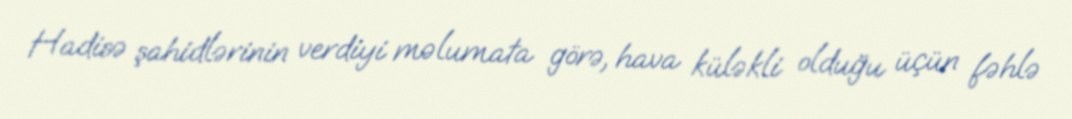
Hadisə şahidlərinin verdiyi məlumata görə, hava küləkli olduğu üçün fəhlə